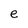
Character: e